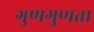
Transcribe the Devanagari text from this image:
गुणगुणता